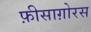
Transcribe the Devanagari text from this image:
फ़ीसाग़ोरस